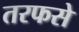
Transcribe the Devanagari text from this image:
तरफसे